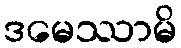
ဒမေဿာမိ